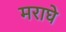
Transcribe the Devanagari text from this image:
मराघे